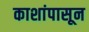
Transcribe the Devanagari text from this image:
काशांपासून